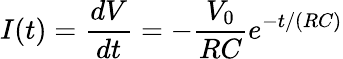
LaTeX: I(t)=\frac{dV}{dt}=-\frac{V_{0}}{RC}e^{-t/(RC)}